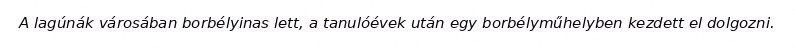
A lagúnák városában borbélyinas lett, a tanulóévek után egy borbélyműhelyben kezdett el dolgozni.